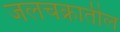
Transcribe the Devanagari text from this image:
जलचक्रातील